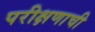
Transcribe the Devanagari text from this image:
परीक्षणाची